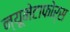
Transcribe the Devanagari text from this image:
न्यूमेटाफोर्स